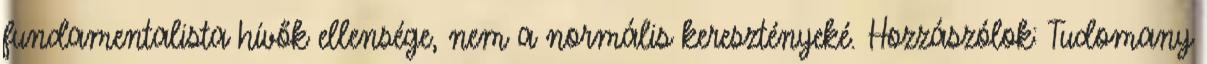
fundamentalista hívők ellensége, nem a normális keresztényeké. Hozzászólok: Tudomany